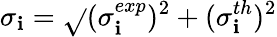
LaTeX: \sigma_{\mathbf{i}}=\sqrt{}{{(\sigma_{\mathbf{i}}^{exp})^{2}+(\sigma_{\mathbf{i}}^{th})^{2}}}